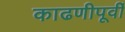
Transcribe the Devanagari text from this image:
काढणीपूर्वी